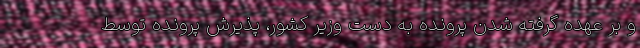
و بر عهده گرفته شدنِ پرونده به دستِ وزیر کشور، پذیرشِ پرونده توسط